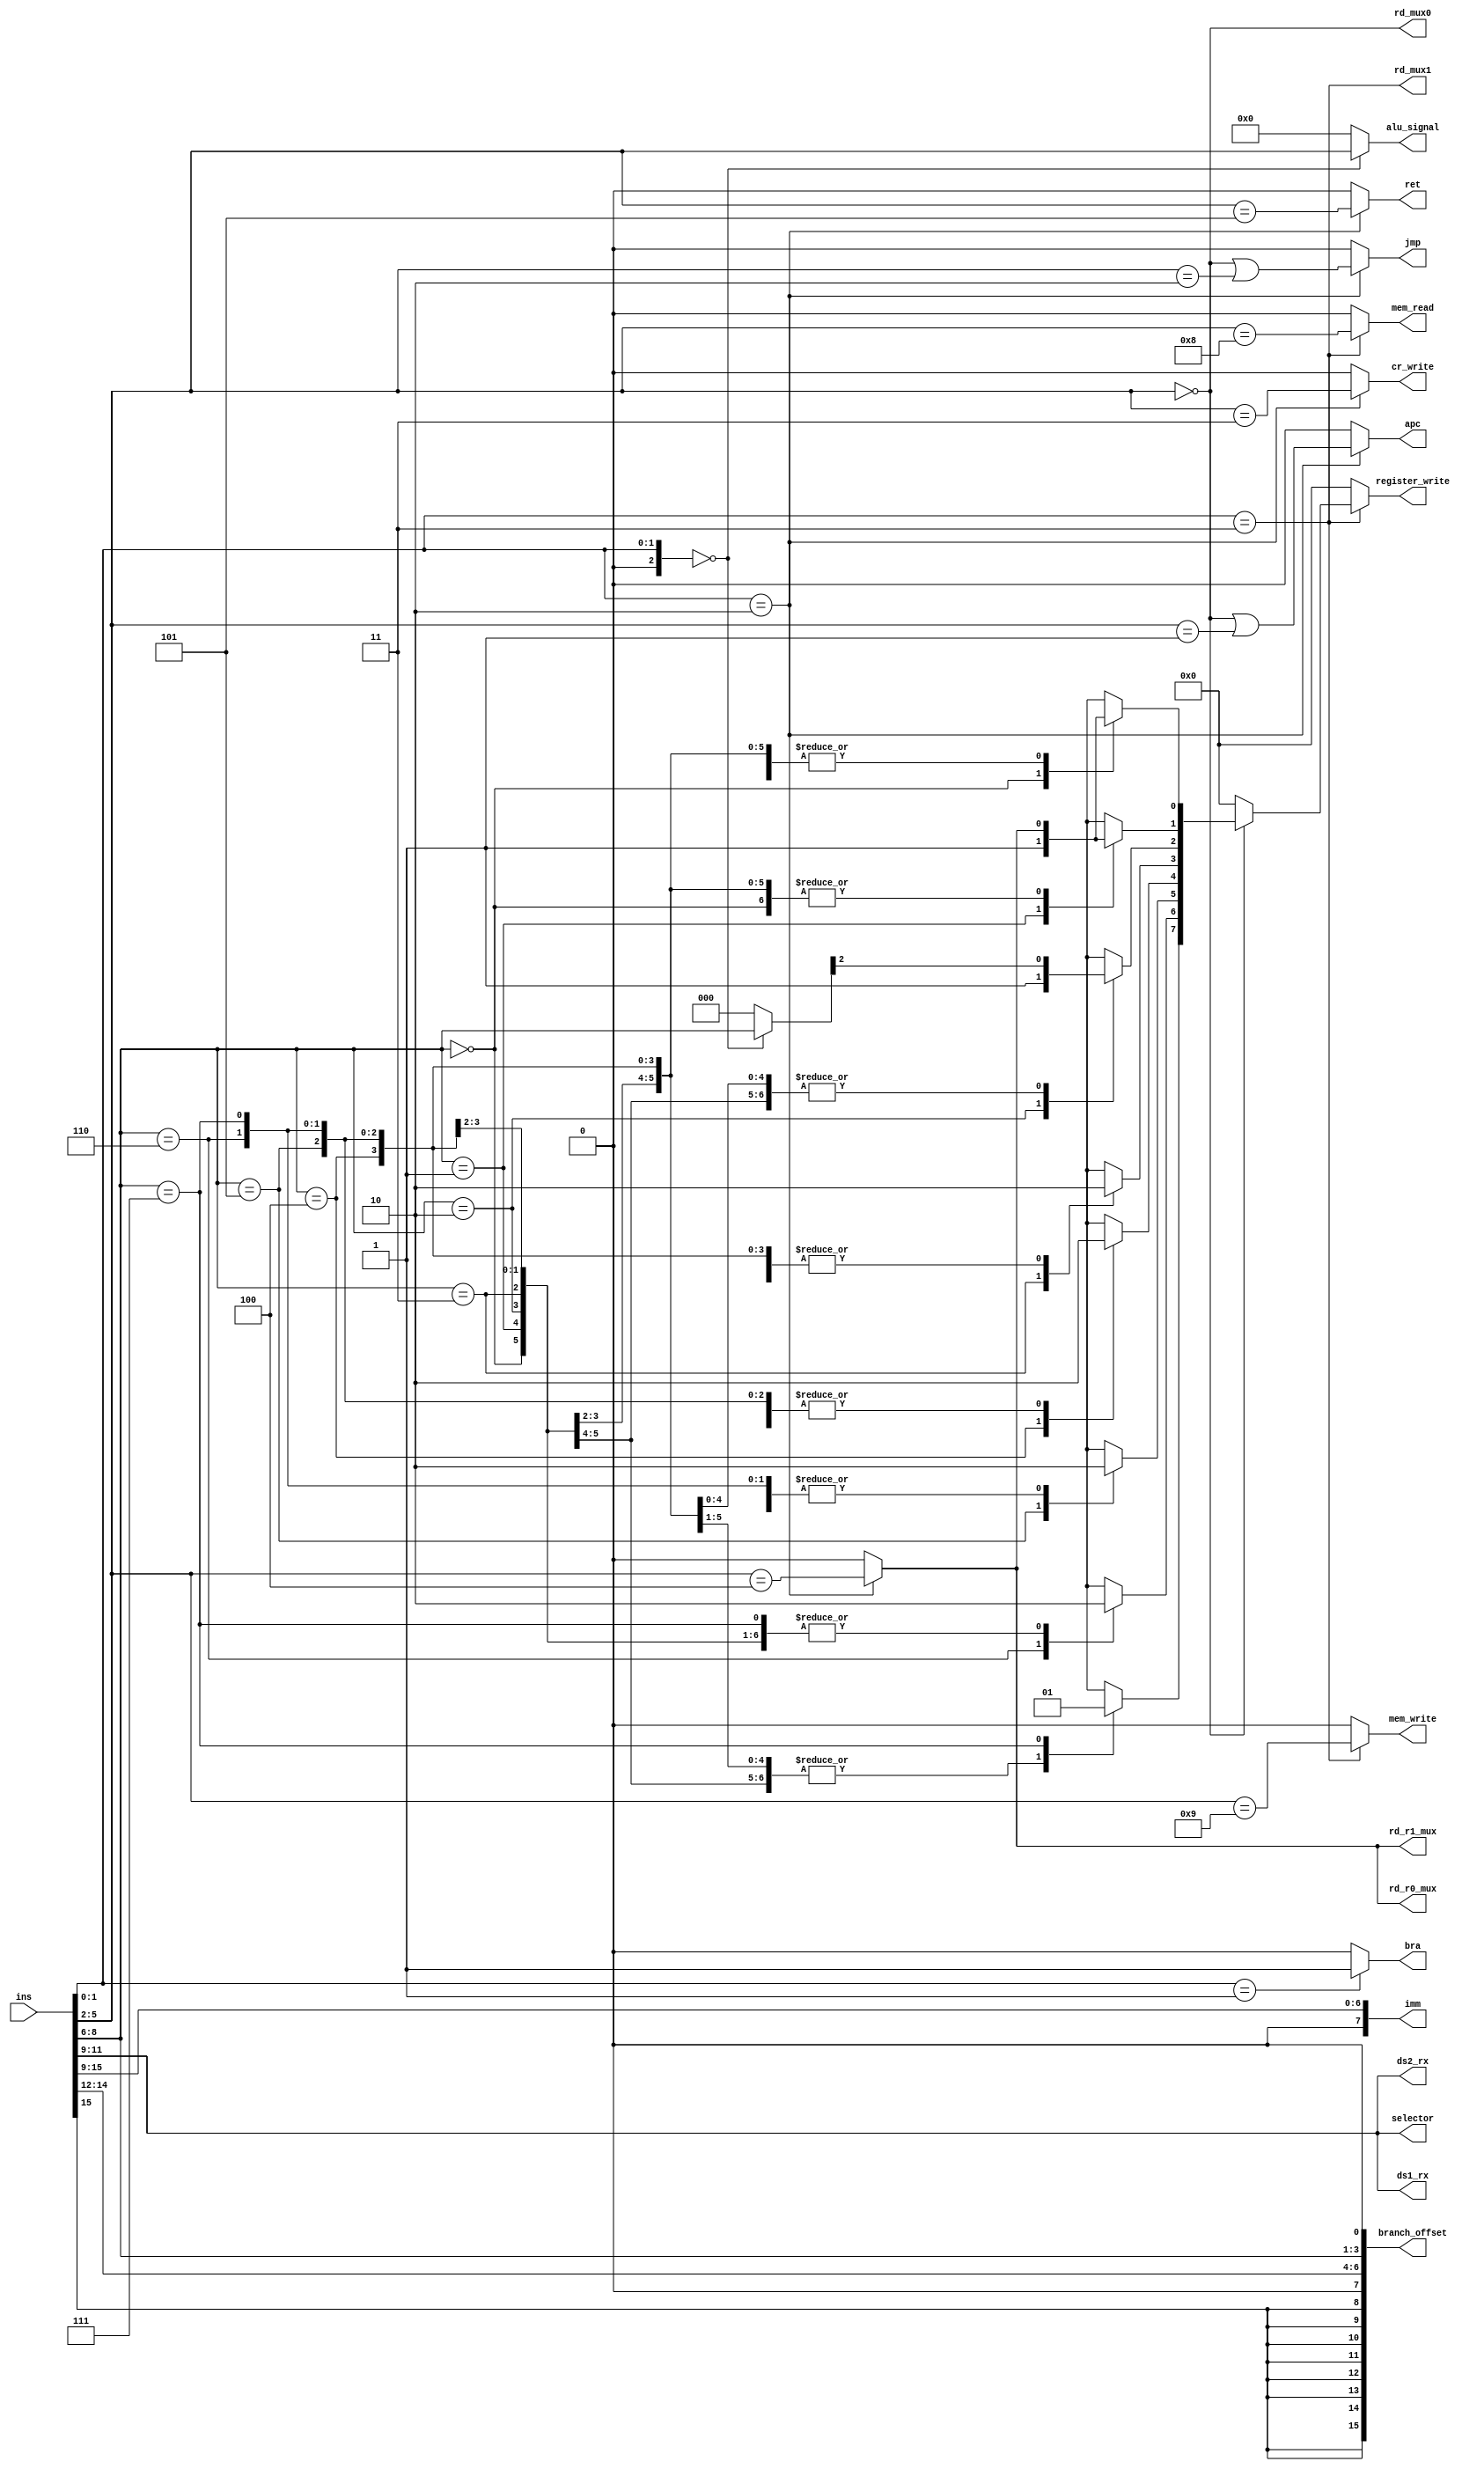
// Generated by MyHDL 0.11


`timescale 1ns/10ps

module id (
    ins,
    alu_signal,
    mem_read,
    mem_write,
    register_write,
    rd_r0_mux,
    rd_r1_mux,
    ds1_rx,
    ds2_rx,
    rd_mux0,
    rd_mux1,
    cr_write,
    selector,
    imm,
    branch_offset,
    bra,
    ret,
    apc,
    jmp
);
// ins in 16
// alu_signal out 4
// mem_read out 1
// mem_write out 1
// register_write out 8
// rd_r0_mux out 1
// rd_r1_mux out 1
// selector out 3
// cr_write out 1
// ds1_rx out 3
// ds2_rx out 3
// imm out 8
// branch_offset out 16
// jmp out 1
// ret out 1
// apc out 1
// bra out 1

input [15:0] ins;
output [3:0] alu_signal;
reg [3:0] alu_signal;
output mem_read;
reg mem_read;
output mem_write;
reg mem_write;
output [7:0] register_write;
reg [7:0] register_write;
output rd_r0_mux;
reg rd_r0_mux;
output rd_r1_mux;
reg rd_r1_mux;
output [2:0] ds1_rx;
wire [2:0] ds1_rx;
output [2:0] ds2_rx;
wire [2:0] ds2_rx;
output rd_mux0;
wire rd_mux0;
output rd_mux1;
wire rd_mux1;
output cr_write;
reg cr_write;
output [2:0] selector;
wire [2:0] selector;
output [7:0] imm;
wire [7:0] imm;
output [15:0] branch_offset;
wire [15:0] branch_offset;
output bra;
reg bra;
output ret;
reg ret;
output apc;
reg apc;
output jmp;
reg jmp;

wire [3:0] funct4_0;
wire [3:0] funct4_1;
wire [3:0] funct4_2;
wire [3:0] funct4_3;
wire [3:0] funct4_4;
wire [3:0] funct4_5;
wire [3:0] funct4_8;
wire [3:0] funct4_9;
wire [2:0] ins20;
wire [2:0] ins96;
wire [1:0] opcode_ls;

assign funct4_0 = 4'd0;
assign funct4_1 = 4'd1;
assign funct4_2 = 4'd2;
assign funct4_3 = 4'd3;
assign funct4_4 = 4'd4;
assign funct4_5 = 4'd5;
assign funct4_8 = 4'd8;
assign funct4_9 = 4'd9;
assign opcode_ls = 2'd3;



assign ins20 = ins[2-1:0];
assign ins96 = ins[9-1:6];


always @(funct4_2, funct4_9, funct4_3, funct4_4, funct4_1, funct4_8, funct4_0, ins96, funct4_5, ins, ins20) begin: ID_ID_LOGIC
    if ((ins20 == 2'b00)) begin
        alu_signal = ins[6-1:2];
        register_write = ins[9-1:6];
    end
    else begin
        alu_signal = 0;
        register_write = 0;
    end
    if ((ins20 == 2'b01)) begin
        bra = (1 != 0);
    end
    else begin
        bra = (0 != 0);
    end
    if ((ins20 == 2'b10)) begin
        register_write[0] = (ins[6-1:2] == funct4_4);
        register_write[1] = (ins[6-1:2] == funct4_4);
        rd_r0_mux = (ins[6-1:2] == funct4_4);
        rd_r1_mux = (ins[6-1:2] == funct4_4);
        cr_write = (ins[6-1:2] == funct4_3);
        jmp = ((ins[6-1:2] == funct4_0) || (ins[6-1:2] == funct4_2));
        apc = ((ins[6-1:2] == funct4_0) || (ins[6-1:2] == funct4_1));
        ret = (ins[6-1:2] == funct4_5);
    end
    else begin
        register_write[0] = (0 != 0);
        register_write[1] = (0 != 0);
        rd_r0_mux = (0 != 0);
        rd_r1_mux = (0 != 0);
        cr_write = (0 != 0);
        jmp = (0 != 0);
        apc = (0 != 0);
        ret = (0 != 0);
    end
    if ((ins20 == 2'b11)) begin
        mem_read = (ins[6-1:2] == funct4_8);
        mem_write = (ins[6-1:2] == funct4_9);
        if (((ins[9-1:6] == funct4_9) | (ins[6-1:2] == funct4_0))) begin
            case (ins96)
                3'b000: begin
                    register_write[0] = 1;
                end
                3'b001: begin
                    register_write[1] = 1;
                end
                3'b010: begin
                    register_write[2] = 1;
                end
                3'b011: begin
                    register_write[3] = 1;
                end
                3'b100: begin
                    register_write[4] = 1;
                end
                3'b101: begin
                    register_write[5] = 1;
                end
                3'b110: begin
                    register_write[6] = 1;
                end
                3'b111: begin
                    register_write[7] = 1;
                end
                default: begin
                    register_write = 0;
                end
            endcase
        end
        else begin
            register_write = 0;
        end
    end
    else begin
        mem_read = (0 != 0);
        mem_write = (0 != 0);
        register_write = 0;
    end
end



assign rd_mux0 = (ins[6-1:2] == funct4_0);
assign rd_mux1 = (ins[2-1:0] == opcode_ls);



assign ds2_rx = ins[12-1:9];
assign ds1_rx = ins[12-1:9];



assign selector = ins[12-1:9];



assign imm[7] = 0;
assign imm[7-1:0] = ins[16-1:9];
assign branch_offset[15] = ins[15];
assign branch_offset[14] = ins[15];
assign branch_offset[13] = ins[15];
assign branch_offset[12] = ins[15];
assign branch_offset[11] = ins[15];
assign branch_offset[10] = ins[15];
assign branch_offset[9] = ins[15];
assign branch_offset[8] = ins[15];
assign branch_offset[8-1:4] = ins[15-1:12];
assign branch_offset[4-1:1] = ins[9-1:6];
assign branch_offset[0] = 0;

endmodule